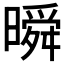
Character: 𣊬